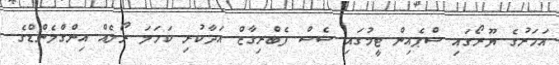
އަހަރުގެ ޔޫރޯގައި ސްޕެއިން ޓީމުގައި ސެސް ފެބްރިގާޒް އަދާކުރި ކަހަލަ ރޯލެއް އިންގްލެންޑްގެ